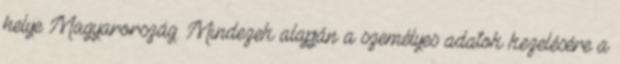
helye Magyarország. Mindezek alapján a személyes adatok kezelésére a